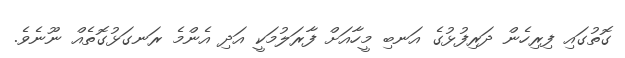
ގޮތުގައި ފިރިހެން ދަރިފުޅުގެ އަނބި މީހާއަށް ފާރަލުމަކީ އަދި އެންމެ ރަނގަޅުގޮތެއް ނޫނެވެ.